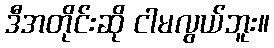
ဒီအတိုင်းဆို ငါမလွယ်ဘူး။